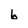
Character: b